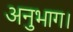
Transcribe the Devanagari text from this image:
अनुभाग।